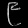
Digit: ၉